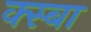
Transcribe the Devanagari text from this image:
क्स्बा